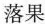
落果